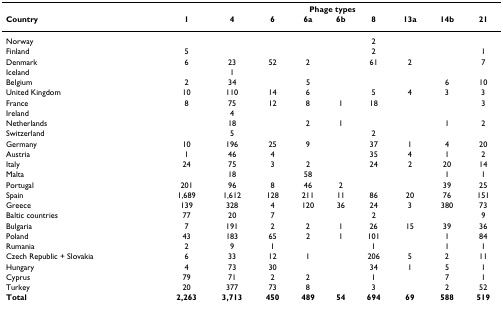
<table><thead><tr><td></td><td colspan="9"><b>Phage types</b></td></tr><tr><td><b>Country</b></td><td><b>1</b></td><td><b>4</b></td><td><b>6</b></td><td><b>6a</b></td><td><b>6b</b></td><td><b>8</b></td><td><b>13a</b></td><td><b>14b</b></td><td><b>21</b></td></tr></thead><tbody><tr><td>Norway</td><td></td><td></td><td></td><td></td><td></td><td>2</td><td></td><td></td><td></td></tr><tr><td>Finland</td><td>5</td><td></td><td></td><td></td><td></td><td>2</td><td></td><td></td><td>1</td></tr><tr><td>Denmark</td><td>6</td><td>23</td><td>52</td><td>2</td><td></td><td>61</td><td>2</td><td></td><td>7</td></tr><tr><td>Iceland</td><td></td><td>1</td><td></td><td></td><td></td><td></td><td></td><td></td><td></td></tr><tr><td>Belgium</td><td>2</td><td>34</td><td></td><td>5</td><td></td><td></td><td></td><td>6</td><td>10</td></tr><tr><td>United Kingdom</td><td>10</td><td>110</td><td>14</td><td>6</td><td></td><td>5</td><td>4</td><td>3</td><td>3</td></tr><tr><td>France</td><td>8</td><td>75</td><td>12</td><td>8</td><td>1</td><td>18</td><td></td><td></td><td>3</td></tr><tr><td>Ireland</td><td></td><td>4</td><td></td><td></td><td></td><td></td><td></td><td></td><td></td></tr><tr><td>Netherlands</td><td></td><td>18</td><td></td><td>2</td><td>1</td><td></td><td></td><td>1</td><td>2</td></tr><tr><td>Switzerland</td><td></td><td>5</td><td></td><td></td><td></td><td>2</td><td></td><td></td><td></td></tr><tr><td>Germany</td><td>10</td><td>196</td><td>25</td><td>9</td><td></td><td>37</td><td>1</td><td>4</td><td>20</td></tr><tr><td>Austria</td><td>1</td><td>46</td><td>4</td><td></td><td></td><td>35</td><td>4</td><td>1</td><td>2</td></tr><tr><td>Italy</td><td>24</td><td>75</td><td>3</td><td>2</td><td></td><td>24</td><td>2</td><td>20</td><td>14</td></tr><tr><td>Malta</td><td></td><td>18</td><td></td><td>58</td><td></td><td></td><td></td><td>1</td><td>1</td></tr><tr><td>Portugal</td><td>201</td><td>96</td><td>8</td><td>46</td><td>2</td><td></td><td></td><td>39</td><td>25</td></tr><tr><td>Spain</td><td>1,689</td><td>1,612</td><td>128</td><td>211</td><td>11</td><td>86</td><td>20</td><td>76</td><td>151</td></tr><tr><td>Greece</td><td>139</td><td>328</td><td>4</td><td>120</td><td>36</td><td>24</td><td>3</td><td>380</td><td>73</td></tr><tr><td>Baltic countries</td><td>77</td><td>20</td><td>7</td><td></td><td></td><td>2</td><td></td><td></td><td>9</td></tr><tr><td>Bulgaria</td><td>7</td><td>191</td><td>2</td><td>2</td><td>1</td><td>26</td><td>15</td><td>39</td><td>36</td></tr><tr><td>Poland</td><td>43</td><td>183</td><td>65</td><td>2</td><td>1</td><td>101</td><td></td><td>1</td><td>84</td></tr><tr><td>Rumania</td><td>2</td><td>9</td><td>1</td><td></td><td></td><td>1</td><td></td><td>1</td><td>1</td></tr><tr><td>Czech Republic + Slovakia</td><td>6</td><td>33</td><td>12</td><td>1</td><td></td><td>206</td><td>5</td><td>2</td><td>11</td></tr><tr><td>Hungary</td><td>4</td><td>73</td><td>30</td><td></td><td></td><td>34</td><td>1</td><td>5</td><td>1</td></tr><tr><td>Cyprus</td><td>79</td><td>71</td><td>2</td><td>2</td><td></td><td>1</td><td></td><td>7</td><td>1</td></tr><tr><td>Turkey</td><td>20</td><td>377</td><td>73</td><td>8</td><td></td><td>3</td><td></td><td>2</td><td>52</td></tr><tr><td><b>Total</b></td><td><b>2,263</b></td><td><b>3,713</b></td><td><b>450</b></td><td><b>489</b></td><td><b>54</b></td><td><b>694</b></td><td><b>69</b></td><td><b>588</b></td><td><b>519</b></td></tr></tbody></table>